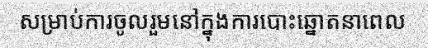
សម្រាប់ការចូលរួមនៅក្នុងការបោះឆ្នោតនាពេល